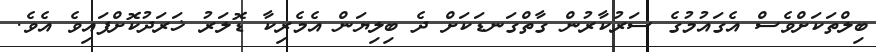
ބިލްތަކަށްވެސް އެގައުމުގެ ސަރުކާރުން ގާތްގަނޑަކަށް ދެ ބިލިޔަން އެމެރިކާ ޑޮލަރު ޚަރަދުކޮށްފައިވެ އެވެ.